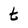
Character: t